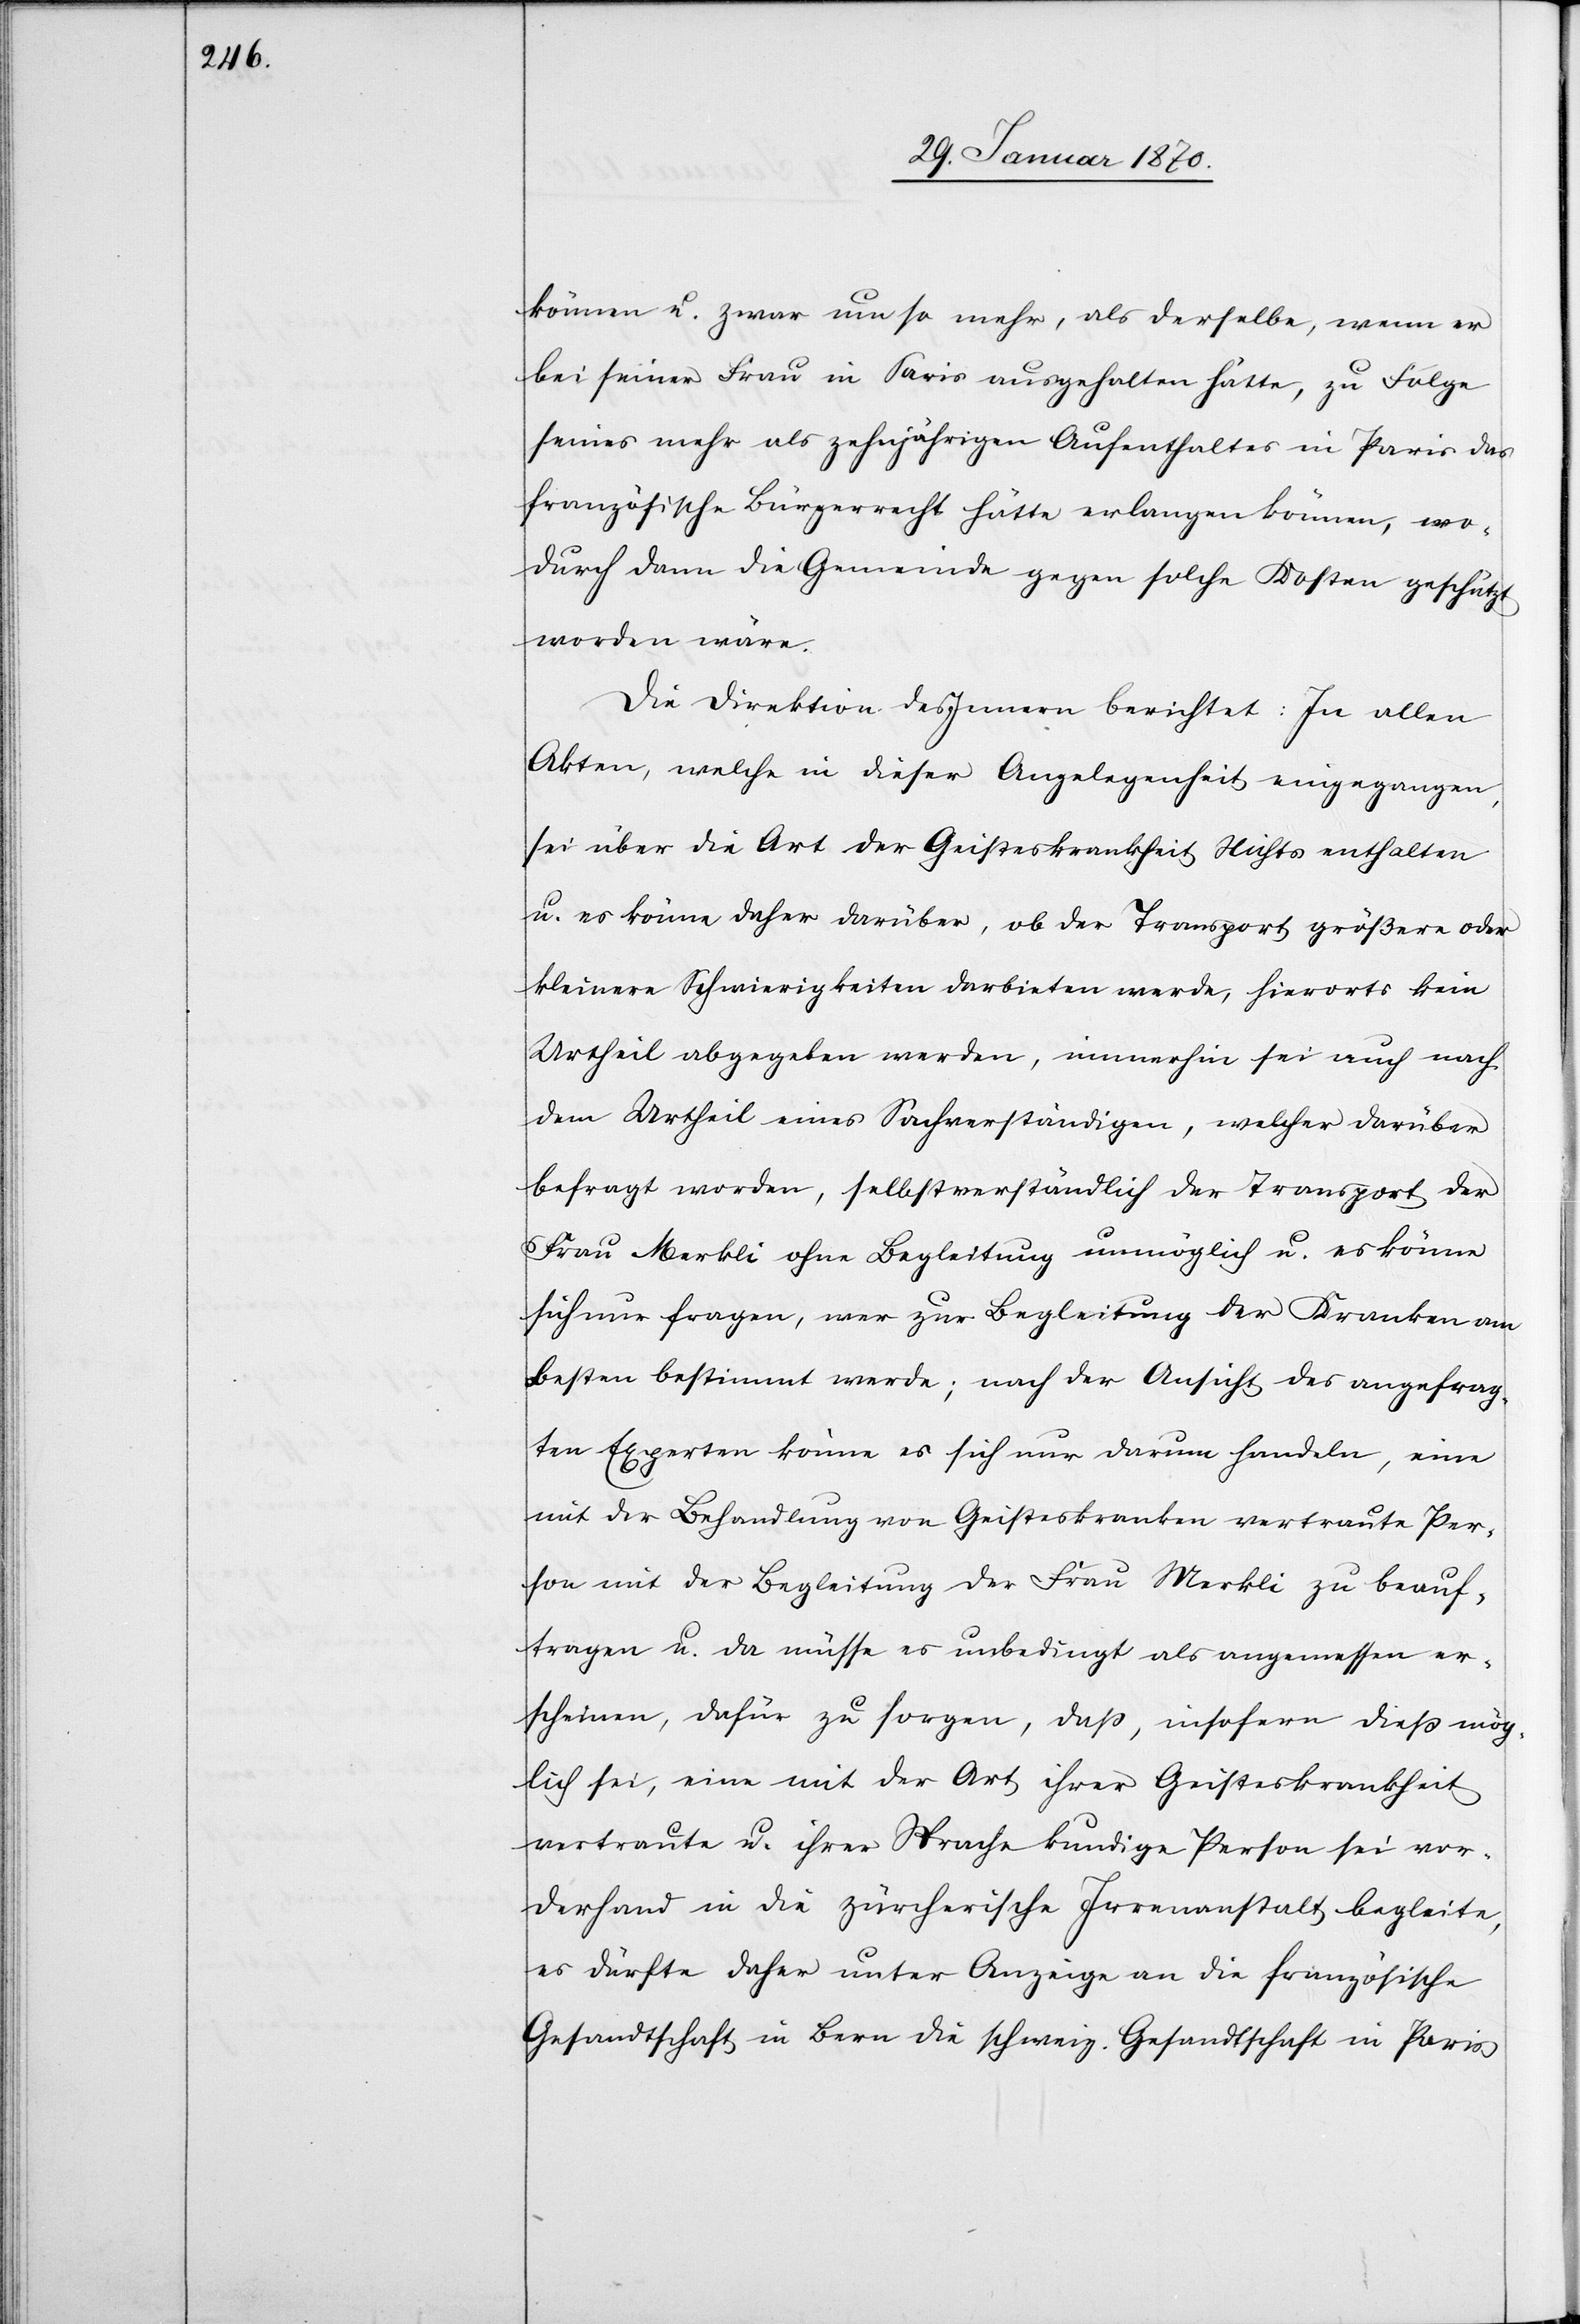
können u. zwar um so mehr, als derselbe, wenn er
bei seiner Frau in Paris ausgehalten hätte, zu Folge
seines mehr als zehnjährigen Aufenthaltes in Paris das
französische Bürgerrecht hätte erlangen können, wo¬
durch dann die Gemeinde gegen solche Kosten geschützt
worden wäre.
Die Direktion des Innern berichtet: In allen
Akten, welche in dieser Angelegenheit eingegangen,
sei über die Art der Geisteskrankheit Nichts enthalten
u. es könne daher darüber, ob der Transport größere oder
kleinere Schwierigkeiten darbieten werde, hierorts kein
Urtheil abgegeben werden, immerhin sei auch nach
dem Urtheil eines Sachverständigen, welcher darüber
befragt worden, selbstverständlich der Transport der
Frau Merkli ohne Begleitung unmöglich u. es könne
sich nur fragen, wer zur Begleitung der Kranken am
Besten bestimmt werde; nach der Ansicht des angefrag¬
ten Experten könne es sich nur darum handeln, eine
mit der Behandlung von Geisteskranken vertraute Per¬
son mit der Begleitung der Frau Merkli zu beauf¬
tragen u. da müsse es unbedingt als angemessen er¬
scheinen, dafür zu sorgen, daß, insofern dieß mög¬
lich sei, eine mit der Art ihrer Geisteskrankheit
vertraute u. ihrer Sprache kundige Person sei vor¬
derhand in die zürcherische Irrenanstalt begleite
es dürfte daher unter Anzeige an die französische
Gesandtschaft in Bern die schweiz. Gesandtschaft in Paris